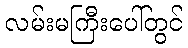
လမ်းမကြီးပေါ်တွင်